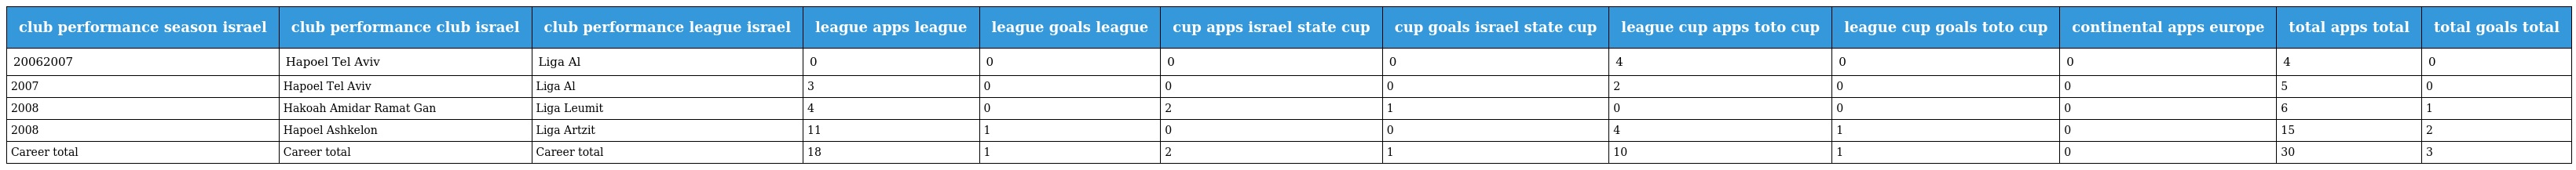
| club performance season israel | club performance club israel | club performance league israel | league apps league | league goals league | cup apps israel state cup | cup goals israel state cup | league cup apps toto cup | league cup goals toto cup | continental apps europe | total apps total | total goals total |
 | --- | --- | --- | --- | --- | --- | --- | --- | --- | --- | --- | --- |
 | 20062007 | Hapoel Tel Aviv | Liga Al | 0 | 0 | 0 | 0 | 4 | 0 | 0 | 4 | 0 |
 | 2007 | Hapoel Tel Aviv | Liga Al | 3 | 0 | 0 | 0 | 2 | 0 | 0 | 5 | 0 |
 | 2008 | Hakoah Amidar Ramat Gan | Liga Leumit | 4 | 0 | 2 | 1 | 0 | 0 | 0 | 6 | 1 |
 | 2008 | Hapoel Ashkelon | Liga Artzit | 11 | 1 | 0 | 0 | 4 | 1 | 0 | 15 | 2 |
 | Career total | Career total | Career total | 18 | 1 | 2 | 1 | 10 | 1 | 0 | 30 | 3 |